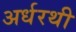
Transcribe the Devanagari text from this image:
अर्धरथी